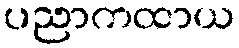
ပညာကထာယ